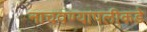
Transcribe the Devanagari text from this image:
नाचवण्यापलीकडे